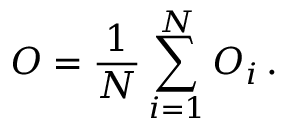
O = \frac { 1 } { N } \sum _ { i = 1 } ^ { N } O _ { i } \, .